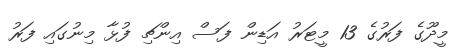
މީދޫގެ ފަރުގެ 13 މީޓަރު އަޑިން ފަސް އިންޗި ފުޅާ މިނުގައި ފަރު